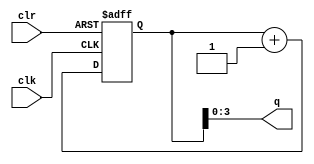
module counter_ex6(clk,clr,q);
    
    input clk,clr;
    output [3:0] q;
    
    reg [31:0] cnt;
    
    /********* DEBUG_MARK attribute *******/
    (* mark_debug = "true" *) wire clr;
    (* mark_debug = "true" *) wire [3:0] q;
    /**************************************/
    
    always @(posedge clr or posedge clk)
    begin
        if(clr)
            cnt <= 32'h00000000;
        else
            cnt <= cnt + 1;
    end
    
    assign q = cnt[3:0];
    
endmodule